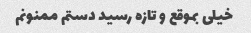
خیلی بموقع و تازه رسید دستم ممنونم